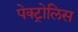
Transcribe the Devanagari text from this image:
पेक्ट्रोलिस